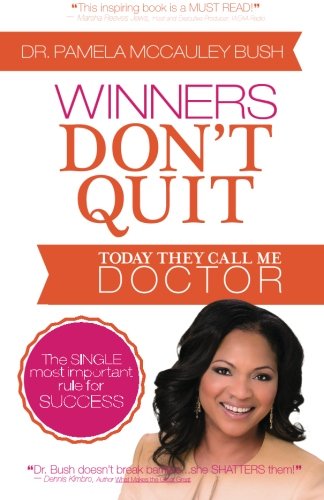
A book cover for Winners Don't Quit: Today They Call Me Doctor; Dr Pamela McCauley Bush; Teen & Young Adult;